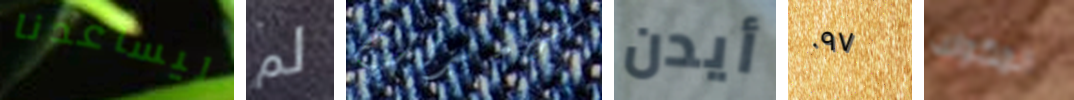
ليساعدنا لم كامبريدج أيدن ٠٩٧ المكوك